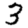
Digit: 3